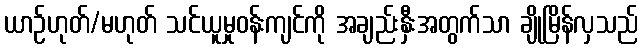
ယာဉ်ဟုတ်/မဟုတ် သင်ယူမှုဝန်းကျင်ကို အချည်းနှီးအတွက်သာ ချိုမြိန်လှသည်